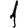
Digit: 1